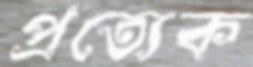
প্রত্যেক